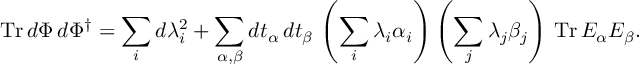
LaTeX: \mathrm { T r } \, d \Phi \, d \Phi ^ { \dagger } = \sum _ { i } d \lambda _ { i } ^ { 2 } + \sum _ { \alpha , \beta } d t _ { \alpha } \, d t _ { \beta } \, \left( \sum _ { i } \lambda _ { i } \alpha _ { i } \right) \left( \sum _ { j } \lambda _ { j } \beta _ { j } \right) \, \mathrm { T r } \, E _ { \alpha } E _ { \beta } .